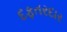
દફતરદાર